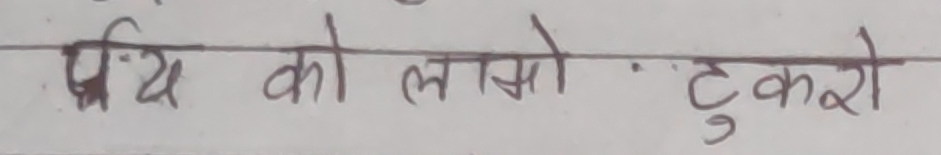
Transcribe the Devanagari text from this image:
पृथ को लाखो ... टुकड़ों